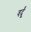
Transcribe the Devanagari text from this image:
वर्दूं